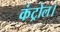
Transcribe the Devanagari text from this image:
कंट्रोल।